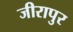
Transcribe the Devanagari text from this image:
जीरापुर